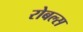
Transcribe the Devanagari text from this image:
रोबल्स